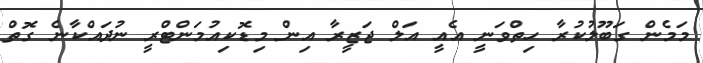
މަމެން ގަބޫލުކުރާ ހިތްވަނީ އެއީ އަލް ޖަޒީރާ އިން މިޑޮކިއުމަންޓްރީ ނުދައްކާނެ ގޮތް